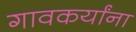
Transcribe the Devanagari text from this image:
गावकर्यांना